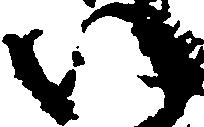
い